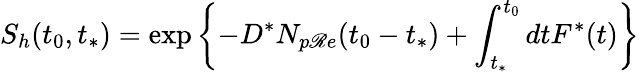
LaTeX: S_{h}(t_{0},t_{*})=\exp\left\{ -D^{*}N_{p\mathscr{R}e}(t_{0}-t_{*})+\int_{t_{*}}^{t_{0}}dtF^{*}(t)\right\}